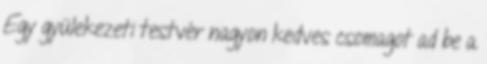
Egy gyülekezeti testvér nagyon kedves csomagot ad be a